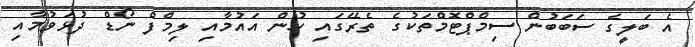
އެ ބަލީގެ ސަބަބުން ސިމްޕްޓޮމްތަކުގެ ތެރޭގައި ހުން އައުމާއި ލިމްފް ނޯޑް ދުޅަވުމާއި